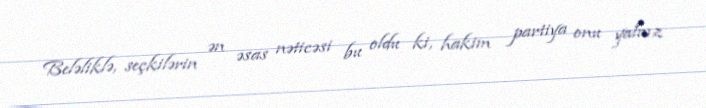
Beləliklə, seçkilərin ən əsas nəticəsi bu oldu ki, hakim partiya onu yalnız